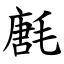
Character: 㲥